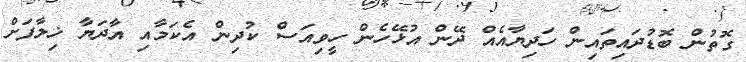
ގޮތުން ބޮޑުދައިތައިން ހަދިޔާއެއް ދޭން އުޅޭހެން ހީވިއަސް ކުދިން އެކަމާއި އާދަޔާ ޚިލާފަށް